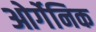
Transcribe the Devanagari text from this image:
ओर्गेनिक